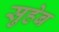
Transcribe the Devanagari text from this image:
सुहेब